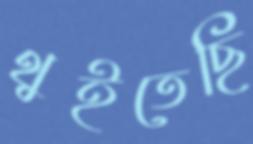
থুইতেছি